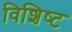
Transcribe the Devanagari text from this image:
विशिष्‍ट